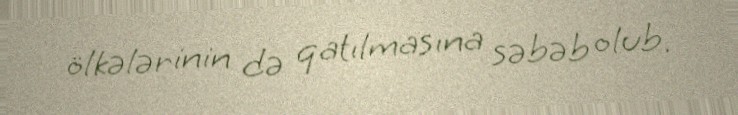
ölkələrinin də qatılmasına səbəb olub.